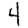
Digit: 4